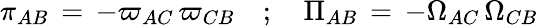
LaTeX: \pi_{AB}\, =\, -\varpi_{AC}\, \varpi_{CB}\quad;\quad\Pi_{AB}\, =\, -\Omega_{AC}\, \Omega_{CB}